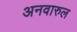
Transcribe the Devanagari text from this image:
अनवारुल